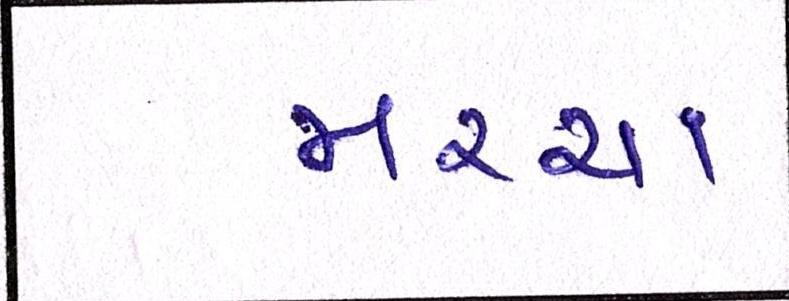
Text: મરચા